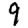
Digit: 9